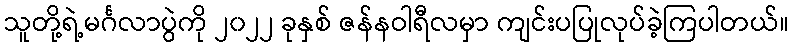
သူတို့ရဲ့မင်္ဂလာပွဲကို ၂၀၂၂ ခုနှစ် ဇန်နဝါရီလမှာ ကျင်းပပြုလုပ်ခဲ့ကြပါတယ်။